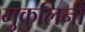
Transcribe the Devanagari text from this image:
मुकुलिनी